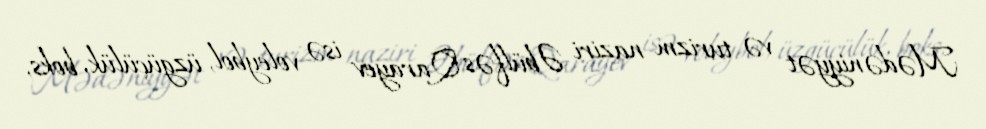
Mədəniyyət və turizm naziri Əbülfəs Qarayev isə voleybol, üzgüçülük, boks,